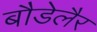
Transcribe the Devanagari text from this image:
बौडेलैर